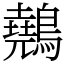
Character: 䴃